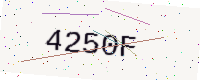
Text: 4250F